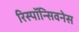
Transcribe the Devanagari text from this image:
रिस्पॉन्सिवनेस